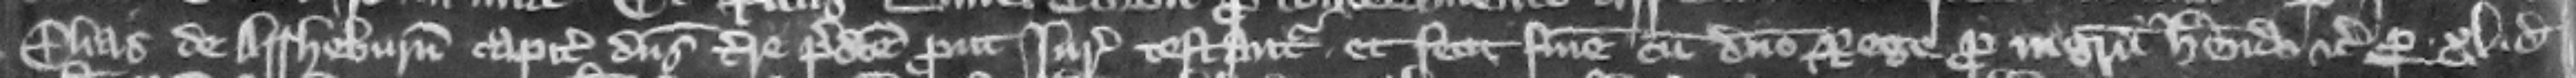
Elias de Assheburn capitalis dominus terre predicte prout iuratores testantur et fecit finem cum domino rege pro ingressu habendo etc. per .xl. denarios.